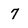
Character: 7